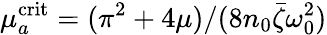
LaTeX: \mu_{a}^{\mathrm{crit}}=(\pi^{2}+4\mu)/(8n_{0}\bar{\zeta}\omega_{0}^{2})